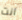
انت